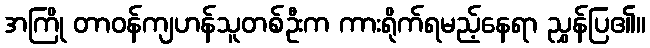
အကြို တာဝန်ကျဟန်သူတစ်ဦးက ကားရိုက်ရမည့်နေရာ ညွှန်ပြ၏။